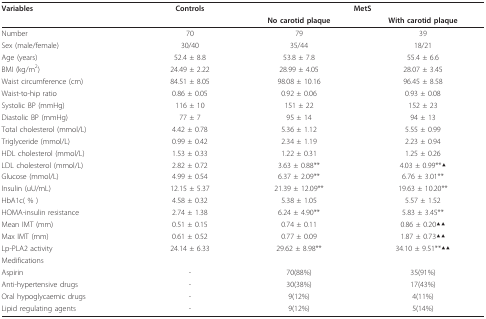
<table><thead><tr><td><b>Variables</b></td><td><b>Controls</b></td><td colspan="2"><b>MetS</b></td></tr><tr><td></td><td></td><td><b>No carotid plaque</b></td><td><b>With carotid plaque</b></td></tr></thead><tbody><tr><td>Number</td><td>70</td><td>79</td><td>39</td></tr><tr><td>Sex (male/female)</td><td>30/40</td><td>35/44</td><td>18/21</td></tr><tr><td>Age (years)</td><td>52.4 ± 8.8</td><td>53.8 ± 7.8</td><td>55.4 ± 6.6</td></tr><tr><td>BMI (kg/m<sup>2</sup>)</td><td>24.49 ± 2.22</td><td>28.99 ± 4.05</td><td>28.07 ± 3.45</td></tr><tr><td>Waist circumference (cm)</td><td>84.51 ± 8.05</td><td>98.08 ± 10.16</td><td>96.45 ± 8.58</td></tr><tr><td>Waist-to-hip ratio</td><td>0.86 ± 0.05</td><td>0.92 ± 0.06</td><td>0.93 ± 0.08</td></tr><tr><td>Systolic BP (mmHg)</td><td>116 ± 10</td><td>151 ± 22</td><td>152 ± 23</td></tr><tr><td>Diastolic BP (mmHg)</td><td>77 ± 7</td><td>95 ± 14</td><td>94 ± 13</td></tr><tr><td>Total cholesterol (mmol/L)</td><td>4.42 ± 0.78</td><td>5.36 ± 1.12</td><td>5.55 ± 0.99</td></tr><tr><td>Triglyceride (mmol/L)</td><td>0.99 ± 0.42</td><td>2.34 ± 1.19</td><td>2.23 ± 0.94</td></tr><tr><td>HDL cholesterol (mmol/L)</td><td>1.53 ± 0.33</td><td>1.22 ± 0.31</td><td>1.25 ± 0.26</td></tr><tr><td>LDL cholesterol (mmol/L)</td><td>2.82 ± 0.72</td><td>3.63 ± 0.88**</td><td>4.03 ± 0.99**▲</td></tr><tr><td>Glucose (mmol/L)</td><td>4.99 ± 0.54</td><td>6.37 ± 2.09**</td><td>6.76 ± 3.01**</td></tr><tr><td>Insulin (uU/mL)</td><td>12.15 ± 5.37</td><td>21.39 ± 12.09**</td><td>19.63 ± 10.20**</td></tr><tr><td>HbA1c( % )</td><td>4.58 ± 0.32</td><td>5.38 ± 1.05</td><td>5.57 ± 1.52</td></tr><tr><td>HOMA-insulin resistance</td><td>2.74 ± 1.38</td><td>6.24 ± 4.90**</td><td>5.83 ± 3.45**</td></tr><tr><td>Mean IMT (mm)</td><td>0.51 ± 0.15</td><td>0.74 ± 0.11</td><td>0.86 ± 0.20▲▲</td></tr><tr><td>Max IMT (mm)</td><td>0.61 ± 0.52</td><td>0.77 ± 0.09</td><td>1.87 ± 0.73▲▲</td></tr><tr><td>Lp-PLA2 activity</td><td>24.14 ± 6.33</td><td>29.62 ± 8.98**</td><td>34.10 ± 9.51**▲▲</td></tr><tr><td>Medifications</td><td></td><td></td><td></td></tr><tr><td>Aspirin</td><td>-</td><td>70(88%)</td><td>35(91%)</td></tr><tr><td>Anti-hypertensive drugs</td><td>-</td><td>30(38%)</td><td>17(43%)</td></tr><tr><td>Oral hypoglycaemic drugs</td><td>-</td><td>9(12%)</td><td>4(11%)</td></tr><tr><td>Lipid regulating agents</td><td>-</td><td>9(12%)</td><td>5(14%)</td></tr></tbody></table>